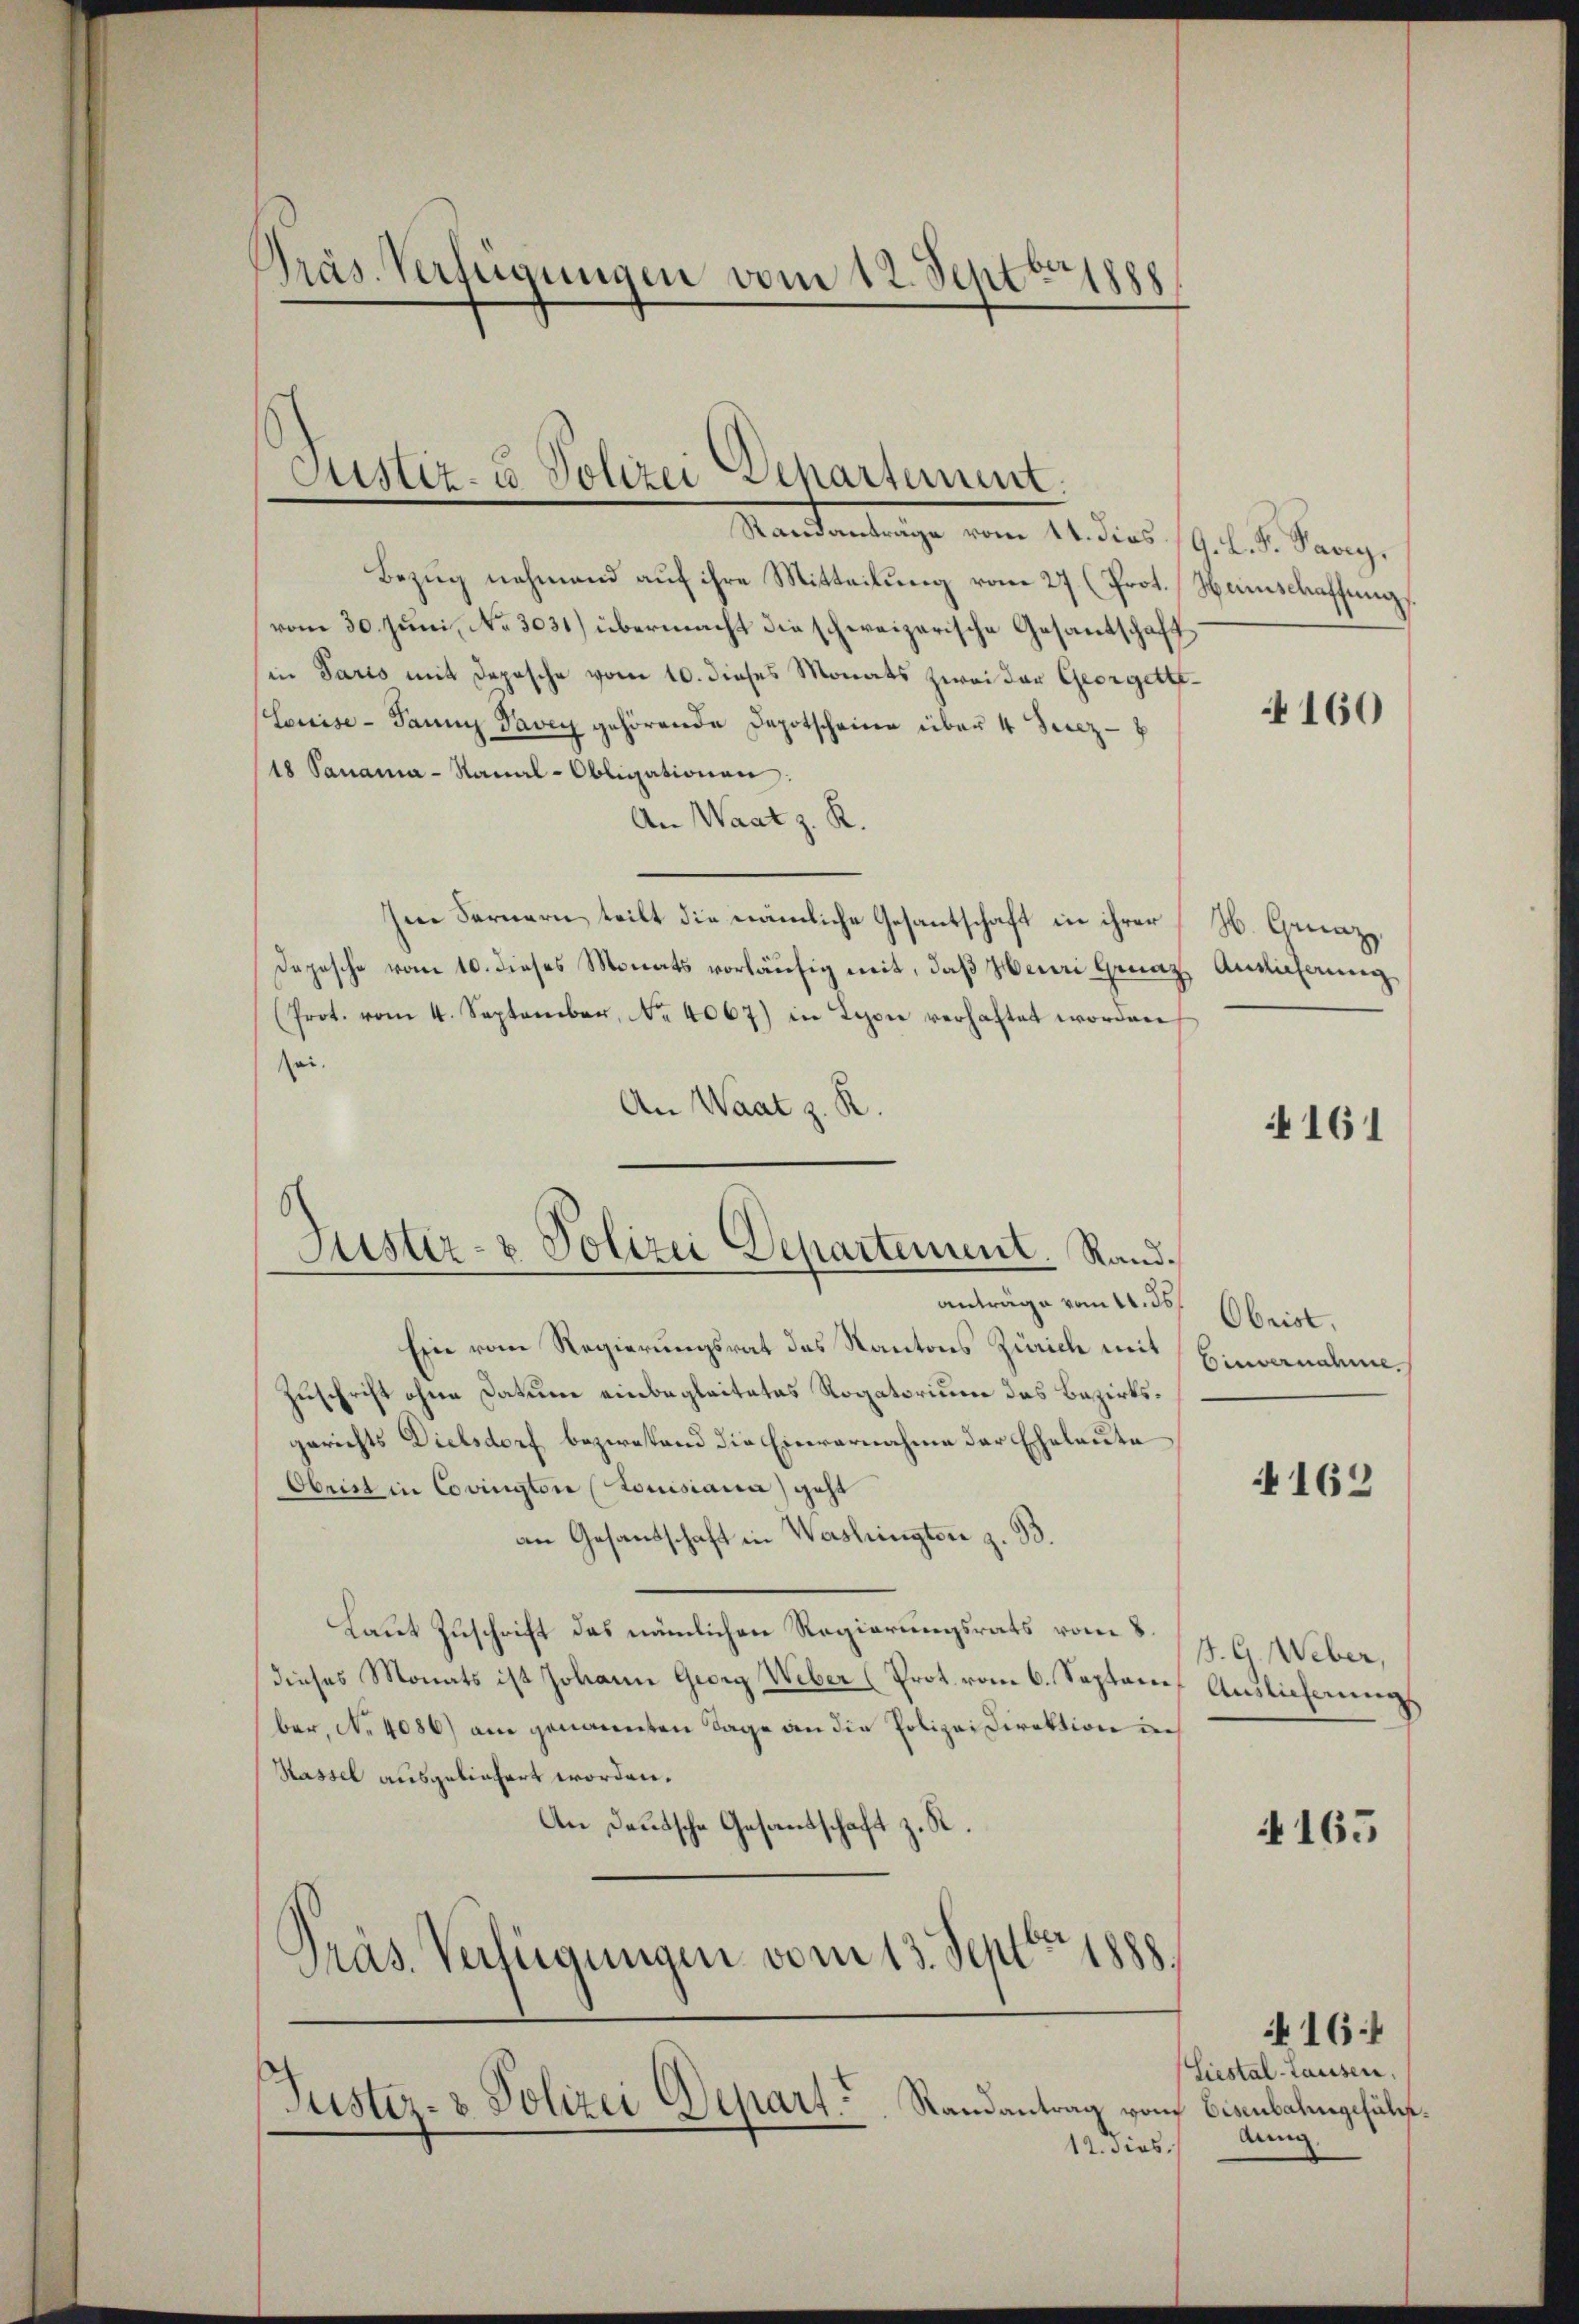
Präs. Verfügungen vom 12. Septbrie

Standanträge vom 14. dies 19 l. S. Savig.
Bezug nehmend auf ihre Mitteilung vom 27 (Prot. Namschaffung
vom 30. Juni, No 3031) übermacht die schweizerische Gesantschaft
in Paris mit Depesche vom 10. dieses Monats zwei der Georgette¬
Louise - Dann Savey gehörende Depotscheine über 4 Peez-
18 Panama-Ranal-Obligationen:
An Waat z. R.
Im Fernern teilt die nämliche Gesantschaft in ihrer H. Graz,
Depesche vom 10. dieses Monats vorläufig mit, daß Henri Genaz Ansicherung
(Prot. vom 4. September, No. 4067) in Lyon verhaftet worden
sei.
An Waat z. R.

Justiz- & Polizei Departement

Justiz- & Polizei Departement. Rand¬

Justiz- & Polizei Depart. Randantrag vom Eisenbahngesüls¬

anträge vom 11. ds.
Ein vom Regierungsrat des Kantons Zürich mit
Zuschrift ohne Datum einbegleitetes Rogatorium das Bezirksgerichts Dielsdorf bezwesend die Einvernahme der Eheleute
Obrist in Covington (Louisiana geht
an Gesandschaft in Washingten z. B.
Laut Zuschrift das nämlichen Regierungsrats vom 8.
dieses Monats ist Johann Georg Weber (Prot. vom 6. Septem Auslicherungs
ber, No 4086) am genannten Tage an die Polizeidirektion in
Kassel ausgeliefert worden.
An Deutsche Gesandschaft z. R.
Präs. Verfügungen vom 13. Septbr 188

12. dies

4160

161

Obrist.
Einvernahme

4162

J. C. Weber,

4165

Liestal-Hausen,
Aung

16: